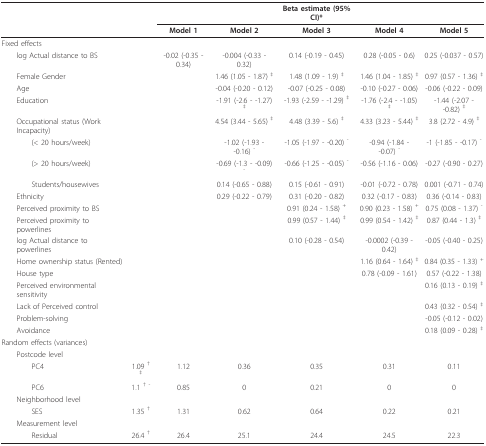
<table><thead><tr><td></td><td></td><td></td><td></td><td><b>Beta estimate (95% CI)*</b></td><td></td><td></td></tr><tr><td></td><td></td><td><b>Model 1</b></td><td><b>Model 2</b></td><td><b>Model 3</b></td><td><b>Model 4</b></td><td><b>Model 5</b></td></tr></thead><tbody><tr><td>Fixed effects</td><td></td><td></td><td></td><td></td><td></td><td></td></tr><tr><td> log Actual distance to BS</td><td></td><td>-0.02 (-0.35 - 0.34)</td><td>-0.004 (-0.33 - 0.32)</td><td>0.14 (-0.19 - 0.45)</td><td>0.28 (-0.05 - 0.6)</td><td>0.25 (-0.037 - 0.57)</td></tr><tr><td> Female Gender</td><td></td><td></td><td>1.46 (1.05 - 1.87) <sup>‡</sup></td><td>1.48 (1.09 - 1.9) <sup>‡</sup></td><td>1.46 (1.04 - 1.85) <sup>‡</sup></td><td>0.97 (0.57 - 1.36) <sup>‡</sup></td></tr><tr><td> Age</td><td></td><td></td><td>-0.04 (-0.20 - 0.12)</td><td>-0.07 (-0.25 - 0.08)</td><td>-0.10 (-0.27 - 0.06)</td><td>-0.06 (-0.22 - 0.09)</td></tr><tr><td> Education</td><td></td><td></td><td>-1.91 (-2.6 - -1.27) <sup>‡</sup></td><td>-1.93 (-2.59 - -1.29) <sup>‡</sup></td><td>-1.76 (-2.4 - -1.05) <sup>‡</sup></td><td>-1.44 (-2.07 - -0.82) <sup>‡</sup></td></tr><tr><td> Occupational status (Work Incapacity)</td><td></td><td></td><td>4.54 (3.44 - 5.65) <sup>‡</sup></td><td>4.48 (3.39 - 5.6) <sup>‡</sup></td><td>4.33 (3.23 - 5.44) <sup>‡</sup></td><td>3.8 (2.72 - 4.9) <sup>‡</sup></td></tr><tr><td>(&lt; 20 hours/week)</td><td></td><td></td><td>-1.02 (-1.93 - -0.16) <sup>-</sup></td><td>-1.05 (-1.97 - -0.20) <sup>-</sup></td><td>-0.94 (-1.84 - -0.07) <sup>-</sup></td><td>-1 (-1.85 - -0.17) <sup>-</sup></td></tr><tr><td>(&gt; 20 hours/week)</td><td></td><td></td><td>-0.69 (-1.3 - -0.09) <sup>-</sup></td><td>-0.66 (-1.25 - -0.05) <sup>-</sup></td><td>-0.56 (-1.16 - 0.06)</td><td>-0.27 (-0.90 - 0.27)</td></tr><tr><td>Students/housewives</td><td></td><td></td><td>0.14 (-0.65 - 0.88)</td><td>0.15 (-0.61 - 0.91)</td><td>-0.01 (-0.72 - 0.78)</td><td>0.001 (-0.71 - 0.74)</td></tr><tr><td> Ethnicity</td><td></td><td></td><td>0.29 (-0.22 - 0.79)</td><td>0.31 (-0.20 - 0.82)</td><td>0.32 (-0.17 - 0.83)</td><td>0.36 (-0.14 - 0.83)</td></tr><tr><td> Perceived proximity to BS</td><td></td><td></td><td></td><td>0.91 (0.24 - 1.58) <sup>+</sup></td><td>0.90 (0.23 - 1.58) <sup>+</sup></td><td>0.75 (0.08 - 1.37) <sup>-</sup></td></tr><tr><td> Perceived proximity to powerlines</td><td></td><td></td><td></td><td>0.99 (0.57 - 1.44) <sup>‡</sup></td><td>0.99 (0.54 - 1.42) <sup>‡</sup></td><td>0.87 (0.44 - 1.3) <sup>‡</sup></td></tr><tr><td> log Actual distance to powerlines</td><td></td><td></td><td></td><td>0.10 (-0.28 - 0.54)</td><td>-0.0002 (-0.39 - 0.42)</td><td>-0.05 (-0.40 - 0.25)</td></tr><tr><td> Home ownership status (Rented)</td><td></td><td></td><td></td><td></td><td>1.16 (0.64 - 1.64) <sup>‡</sup></td><td>0.84 (0.35 - 1.33) <sup>+</sup></td></tr><tr><td> House type</td><td></td><td></td><td></td><td></td><td>0.78 (-0.09 - 1.61)</td><td>0.57 (-0.22 - 1.38)</td></tr><tr><td> Perceived environmental sensitivity</td><td></td><td></td><td></td><td></td><td></td><td>0.16 (0.13 - 0.19) <sup>‡</sup></td></tr><tr><td> Lack of Perceived control</td><td></td><td></td><td></td><td></td><td></td><td>0.43 (0.32 - 0.54) <sup>‡</sup></td></tr><tr><td> Problem-solving</td><td></td><td></td><td></td><td></td><td></td><td>-0.05 (-0.12 - 0.02)</td></tr><tr><td> Avoidance</td><td></td><td></td><td></td><td></td><td></td><td>0.18 (0.09 - 0.28) <sup>‡</sup></td></tr><tr><td>Random effects (variances)</td><td></td><td></td><td></td><td></td><td></td><td></td></tr><tr><td> Postcode level</td><td></td><td></td><td></td><td></td><td></td><td></td></tr><tr><td>PC4</td><td>1.09 <sup>† ‡</sup></td><td>1.12</td><td>0.36</td><td>0.35</td><td>0.31</td><td>0.11</td></tr><tr><td>PC6</td><td>1.1 <sup>† -</sup></td><td>0.85</td><td>0</td><td>0.21</td><td>0</td><td>0</td></tr><tr><td> Neighborhood level</td><td></td><td></td><td></td><td></td><td></td><td></td></tr><tr><td>SES</td><td>1.35 <sup>†</sup></td><td>1.31</td><td>0.62</td><td>0.64</td><td>0.22</td><td>0.21</td></tr><tr><td> Measurement level</td><td></td><td></td><td></td><td></td><td></td><td></td></tr><tr><td>Residual</td><td>26.4 <sup>†</sup></td><td>26.4</td><td>25.1</td><td>24.4</td><td>24.5</td><td>22.3</td></tr></tbody></table>